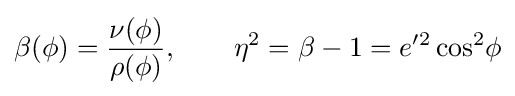
\beta (\phi )={\frac {\nu (\phi )}{\rho (\phi )}},\qquad \eta ^{2}=\beta -1={e'^{2}\cos ^{2}\!\phi }